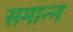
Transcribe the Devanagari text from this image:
समान्न